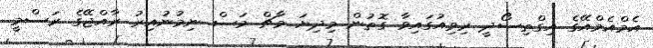
އެމްއެމްއޭގެ އިގްތިސޯދީ ރިވިއުގައިވާ ގޮތުން މިދިޔަ މާޗް މަސް ނިމުނުއިރު ރާއްޖޭގެ ރަސްމީ